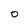
Character: 0